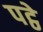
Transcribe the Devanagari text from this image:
पट्ठे